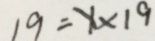
1 9 = 1 \times 1 9